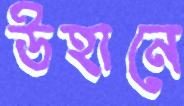
উহানে